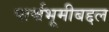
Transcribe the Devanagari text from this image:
पार्श्वभूमीबद्दल